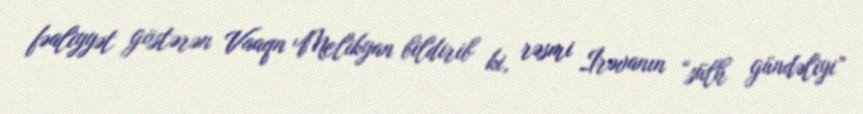
fəaliyyət göstərən Vaaqn Melikyan bildirib ki, rəsmi İrəvanın “sülh gündəliyi”